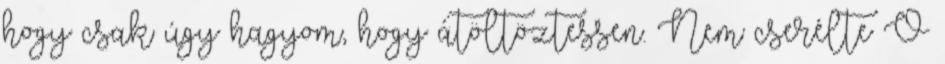
hogy csak úgy hagyom, hogy átöltöztessen. Nem cserélte Ő